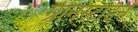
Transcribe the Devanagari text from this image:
ग्रीनस्टाइन